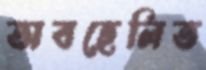
অবহেলিত